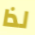
لذا